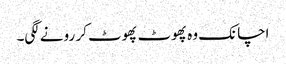
اچانک وہ پھوٹ پھوٹ کر رونے لگی۔